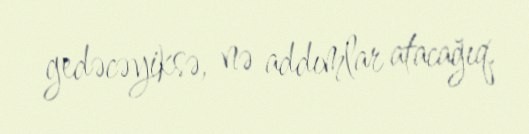
gedəcəyiksə, nə addımlar atacağıq.